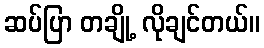
ဆပ်ပြာ တချို့ လိုချင်တယ်။